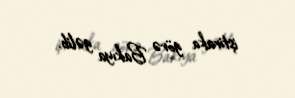
iştiraka görə Bakıya gəlib.